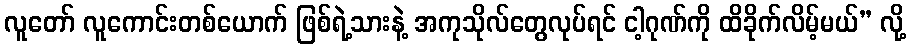
လူတော် လူကောင်းတစ်ယောက် ဖြစ်ရဲ့သားနဲ့ အကုသိုလ်တွေလုပ်ရင် ငါ့ဂုဏ်ကို ထိခိုက်လိမ့်မယ်” လို့